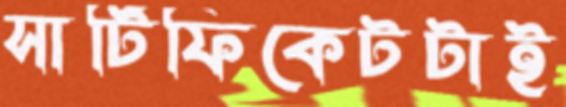
সার্টিফিকেটটাই